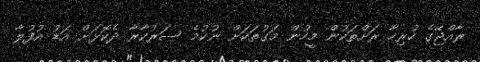
ރާއްޖޭގެ ހުރިހާ ރަށްތަކުން މީހުން މަގުތަކަށް ނުކުމެ ސަރުކާރާ ދެކޮޅަށް އަޑު އުފުލާ